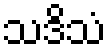
သဒိသံ